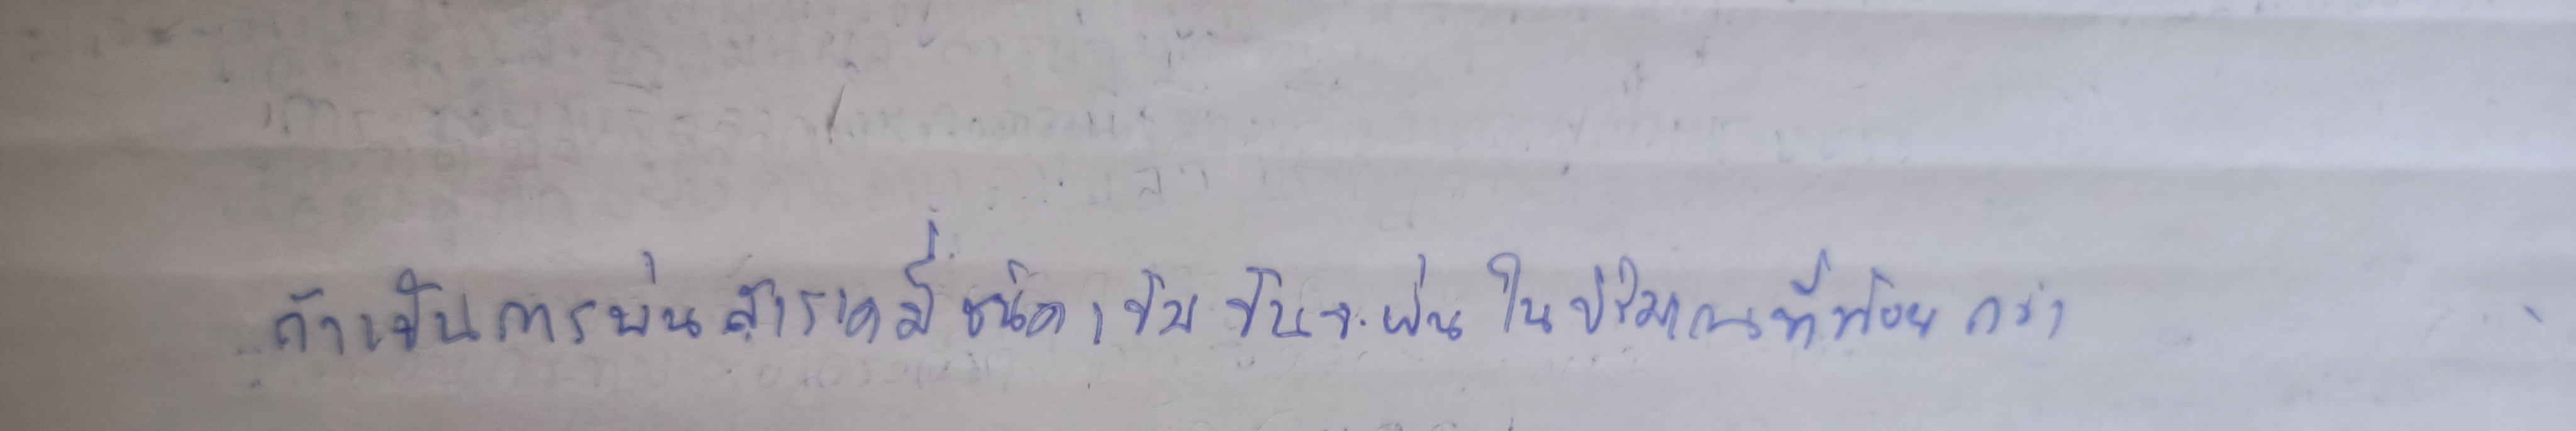
ถ้าเป็นการพ่นสารเคมีชนิดเข้มข้นจะพ่นในปริมาณที่น้อยกว่า